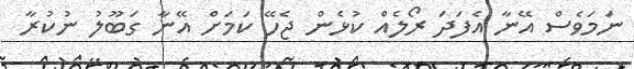
ނަމަވެސް އޭނާ އެފަދަ ރޯލެއް ކުޅެން ޖެހޭ ކަމަށް އޭނާ ގަބޫލު ނުކުރާ